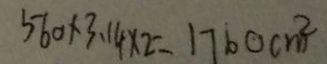
5 6 0 \times 3 . 1 4 \times 2 = 1 7 6 0 c m ^ { 2 }